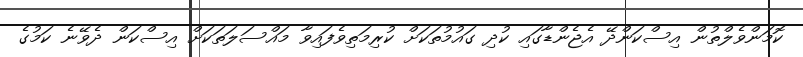
ކޮމަންވެލްތުން އިސްކަންދޭ އެޖެންޑާގައި ކުދި ގައުމުތަކަށް ކުރިމަތިވެފައިވާ މައްސަލަތަކަށް އިސްކަން ދެވޭނެ ކަމުގެ